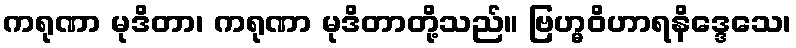
ကရုဏာ မုဒိတာ၊ ကရုဏာ မုဒိတာတို့သည်။ ဗြဟ္မဝိဟာရနိဒ္ဒေသေ၊